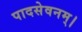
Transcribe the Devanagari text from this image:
पादसेवनम्।